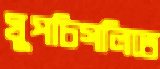
ঘুপচিগলিতে